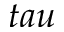
t a u